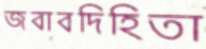
জবাবদিহিতা